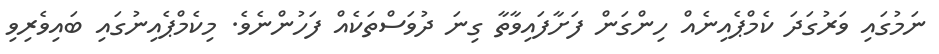
ނަމުގައި ވަރުގަދަ ކެމްޕެއިނެއް ހިންގަން ފަށާފައިވާތާ ގިނަ ދުވަސްތަކެއް ފަހުންނެވެ. މިކެމްޕެއިނުގައި ބައިވެރިވި